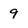
Character: 9